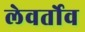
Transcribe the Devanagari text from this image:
लेवर्तोव